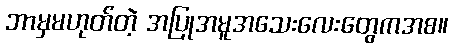
ဘာမှမဟုတ်တဲ့ အပြုအမူအသေးလေးတွေကအစ။